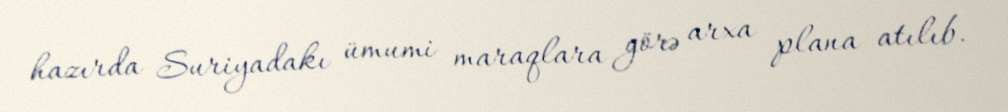
hazırda Suriyadakı ümumi maraqlara görə arxa plana atılıb.